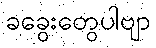
ခခွေးတွေပါဗျာ